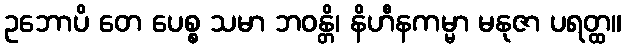
ဥဘောပိ တေ ပေစ္စ သမာ ဘဝန္တိ၊ နိဟီနကမ္မာ မနုဇာ ပရတ္ထ။